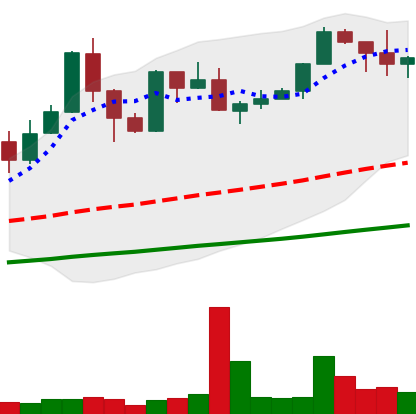
Ticker: XMR-USD
Chart end date: 2019-05-31
Forward return: -8.83%
Label: down_7plus